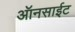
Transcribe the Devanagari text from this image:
ऑनसाईट